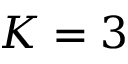
K = 3